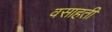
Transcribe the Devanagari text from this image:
वसाहतीं